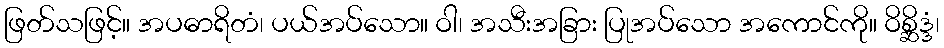
ဖြတ်သဖြင့်။ အပဓာရိတံ၊ ပယ်အပ်သော။ ဝါ၊ အသီးအခြား ပြုအပ်သော အကောင်ကို။ ဝိစ္ဆိဒ္ဒံ၊